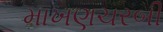
માખણચરબી